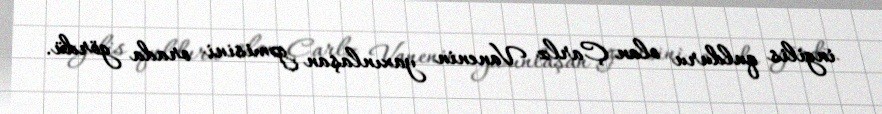
ingilis qulduru olan Çarlz Vanenin yaxınlaşan gəmisini orada gördü.